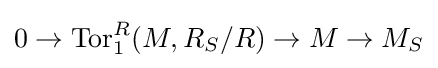
0\to \operatorname {Tor} _{1}^{R}(M,R_{S}/R)\to M\to M_{S}